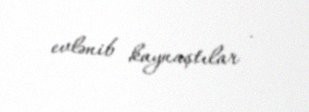
evlənib kaynaştılar .